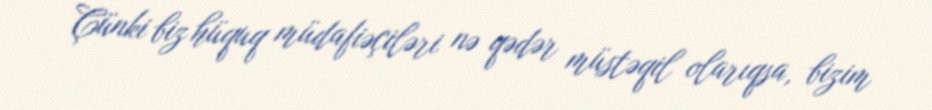
Çünki biz hüquq müdafiəçiləri nə qədər müstəqil olarıqsa, bizim